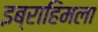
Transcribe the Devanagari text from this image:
इब्राहिमला